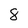
Character: 8